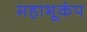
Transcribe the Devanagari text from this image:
महाभूकंप